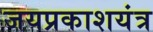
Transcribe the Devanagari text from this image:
जयप्रकाशयंत्र